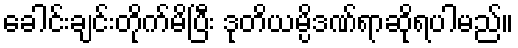
ခေါင်းချင်းတိုက်မိပြီး ဒုတိယမ္ပိဒဏ်ရာဆိုရပါမည်။